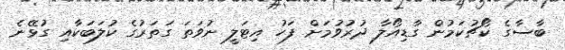
ބާސާގެ ކޯޗުކަމުން ގާޑިއޯލާ ދުރުވުމަށް ފަހު އިޓަލީ ނުވަތަ ގަތަރުގެ ކުލަބަކާއި ގުޅޭނެ